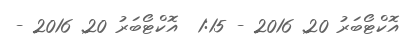
އޮކްޓޯބަރު 20